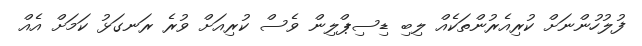
ފުލުހުންނަށް ކުރިއެރުންތަކެއް ލިބި ޑިސިޕްލިން ވެސް ކުރިއަށް ވުރެ ރަނގަޅު ކަމަށް އެއް